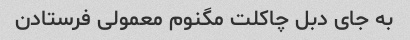
به جای دبل چاکلت مگنوم معمولی فرستادن